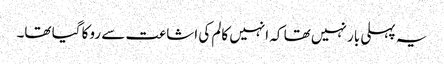
یہ پہلی بار نہیں تھا کہ انہیں کالم کی اشاعت سے روکا گیا تھا۔